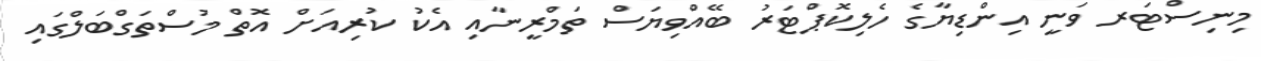
މިނިސްޓަރ ވަނީ އިންޑިޔާގެ ހެލިކޮޕްޓަރު ބޭއްވިޔަސް ތަމްރީނާއި އެކު ކުރިއަށް އޮތް މުސްތަގްބަލްގައި